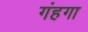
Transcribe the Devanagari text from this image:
गंहगा